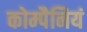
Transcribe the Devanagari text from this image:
कोम्पैनियं